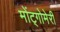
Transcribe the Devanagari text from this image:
मोंट्गोमेरी